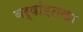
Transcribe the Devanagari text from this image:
वर्षांइतका